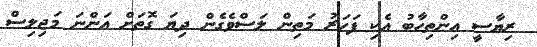
ރިޔާސީ އިންތިހާބު އެކި ފަހަރު މަތިން ލަސްވެގެން ދިޔަ ގޮތަށް އަންނަ މަޖިލިސް